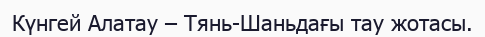
Күнгей Алатау – Тянь-Шаньдағы тау жотасы.